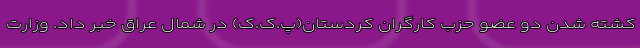
کشته شدن دو عضو حزب کارگران کردستان(پ.ک.ک) در شمال عراق خبر داد. وزارت